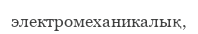
электромеханикалық,